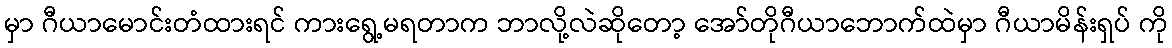
မှာ ဂီယာမောင်းတံထားရင် ကားရွေ့မရတာက ဘာလို့လဲဆိုတော့ အော်တိုဂီယာဘောက်ထဲမှာ ဂီယာမိန်းရှပ် ကို